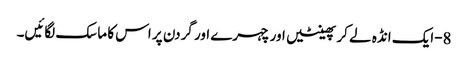
8-ایک انڈہ لے کر پھینٹیں اور چہرے اور گردن پر اس کا ماسک لگائیں۔